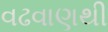
વઢવાણથી